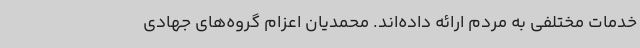
خدمات مختلفی به مردم ارائه داده‌اند. محمدیان اعزام گروه‌های جهادی